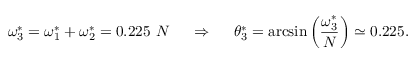
\omega _ { 3 } ^ { * } = \omega _ { 1 } ^ { * } + \omega _ { 2 } ^ { * } = 0 . 2 2 5 ~ N ~ ~ ~ ~ \Rightarrow ~ ~ ~ ~ \theta _ { 3 } ^ { * } = \arcsin \left( \frac { \omega _ { 3 } ^ { * } } { N } \right) \simeq 0 . 2 2 5 .